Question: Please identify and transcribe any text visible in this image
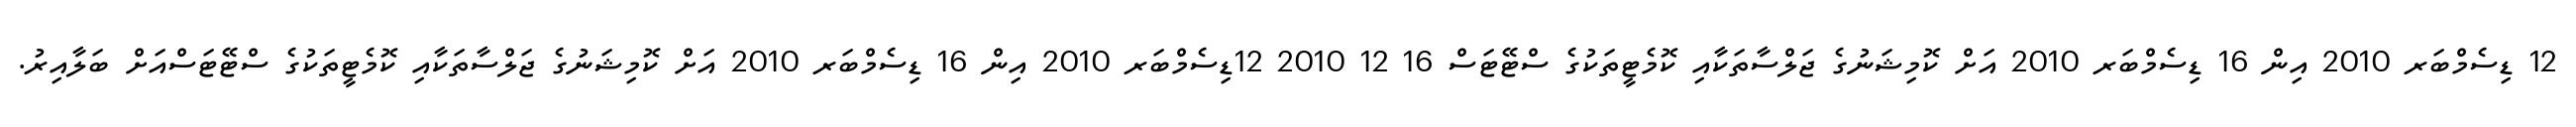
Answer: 12 ޑިސެމްބަރ 2010 އިން 16 ޑިސެމްބަރ 2010 އަށް ކޮމިޝަނުގެ ޖަލްސާތަކާއި ކޮމެޓީތަކުގެ ސްޓޭޓަސް 16 12 2010 12ޑިސެމްބަރ 2010 އިން 16 ޑިސެމްބަރ 2010 އަށް ކޮމިޝަނުގެ ޖަލްސާތަކާއި ކޮމެޓީތަކުގެ ސްޓޭޓަސްއަށް ބަލާއިރު.